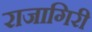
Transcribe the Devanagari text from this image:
राजागिरी